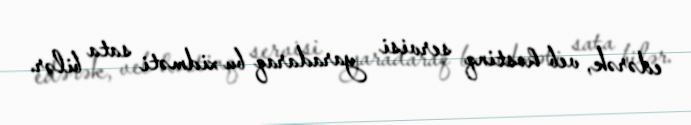
edərək, veb hostinq servisi yaradaraq bu xidməti sata bilər.